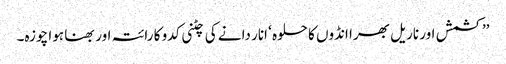
’’کشمش اور ناریل بھرا انڈوں کا حلوہ ‘ انار دانے کی چٹنی کدو کا رائتہ اور بھنا ہوا چوزہ۔